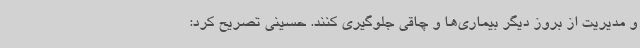
و مدیریت از بروز دیگر بیماری‌ها و چاقی جلوگیری کنند. حسینی تصریح کرد: